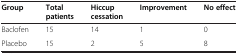
<table><thead><tr><td><b>Group</b></td><td><b>Total patients</b></td><td><b>Hiccup cessation</b></td><td><b>Improvement</b></td><td><b>No effect</b></td></tr></thead><tbody><tr><td>Baclofen</td><td>15</td><td>14</td><td>1</td><td>0</td></tr><tr><td>Placebo</td><td>15</td><td>2</td><td>5</td><td>8</td></tr></tbody></table>